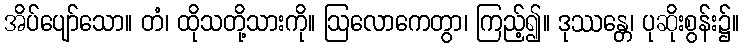
အိပ်ပျော်သော။ တံ၊ ထိုသတို့သားကို။ ဩလောကေတွာ၊ ကြည့်၍။ ဒုဿန္တေ၊ ပုဆိုးစွန်း၌။